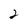
Character: 2